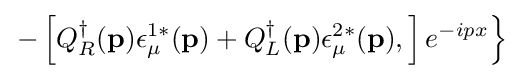
\left.-\left[Q_{R}^{\dagger }(\mathbf {p} )\epsilon _{\mu }^{1*}(\mathbf {p} )+Q_{L}^{\dagger }(\mathbf {p} )\epsilon _{\mu }^{2*}(\mathbf {p} ),\right]e^{-ipx}\right\}